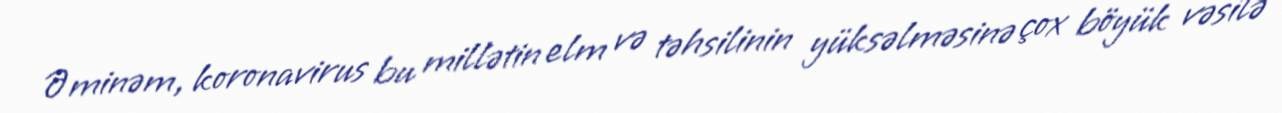
Əminəm, koronavirus bu millətin elm və təhsilinin yüksəlməsinə çox böyük vəsilə